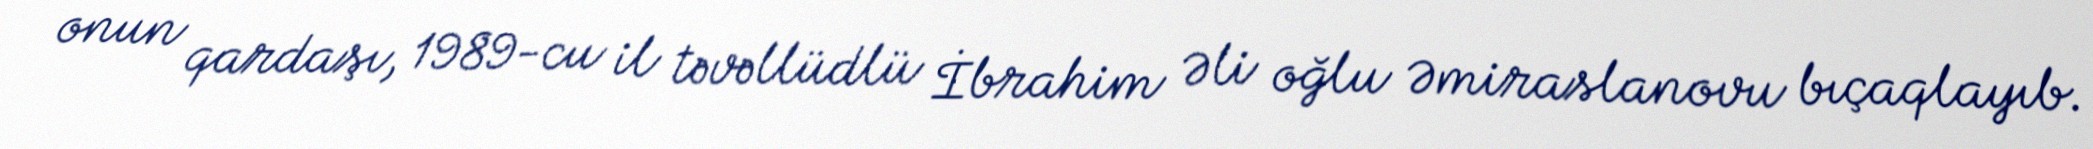
onun qardaşı, 1989-cu il təvəllüdlü İbrahim Əli oğlu Əmiraslanovu bıçaqlayıb.